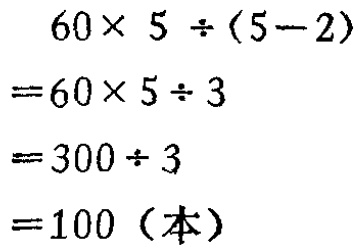
\[
\begin{align*}
&60\times 5\div(5 - 2)\\
=&60\times 5\div 3\\
=&300\div 3\\
=&100 (\text{本})
\end{align*}
\]